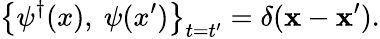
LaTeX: \left\{ \psi^{\dagger}(x),~\psi(x^{\prime})\right\} _{t=t^{\prime}}=\delta({\mathbf x}-{\mathbf x}^{\prime}).